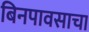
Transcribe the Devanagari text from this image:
बिनपावसाचा